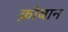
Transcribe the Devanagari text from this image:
क़ोबान